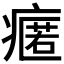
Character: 𭼟